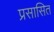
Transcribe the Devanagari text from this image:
प्रसासित